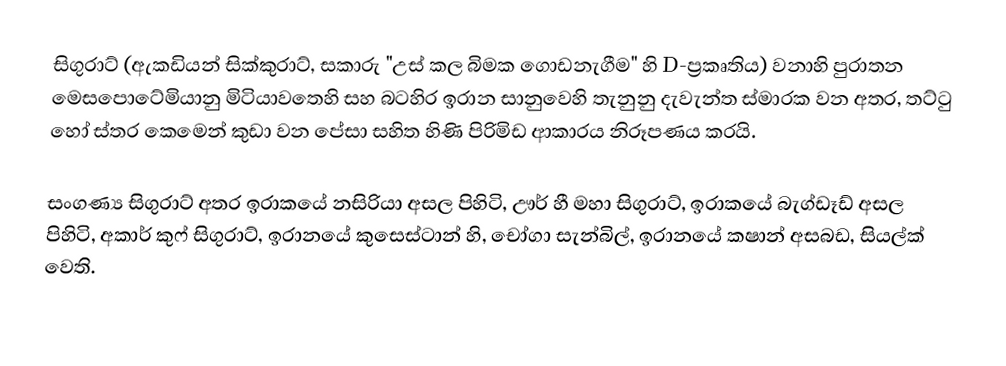
සිගුරාට්  (ඇකඩියන් සික්කුරාට්,  සකාරු "උස් කල බිමක ගොඩනැගීම" හි D-ප්‍රකෘතිය) වනාහි පුරාතන මෙසපොටේමියානු මිටියාවතෙහි සහ බටහිර  ඉරාන සානුවෙහි තැනුනු දැවැන්ත ස්මාරක වන අතර, තට්ටු හෝ ස්තර කෙමෙන් කුඩා වන පේසා සහිත හිණි පිරිමිඩ ආකාරය නිරූපණය කරයි.

සංගණ්‍ය සිගුරාට් අතර ඉරාකයේ  නසිරියා අසල  පිහිටි,  ඌර් හී මහා සිගුරාට්, ඉරාකයේ බැග්ඩෑඩ් අසල පිහිටි, අකාර් කුෆ් සිගුරාට්, ඉරානයේ කුසෙස්ටාන් හි, චෝගා සැන්බිල්, ඉරානයේ කෂාන් අසබඩ,  සියල්ක් වෙති.